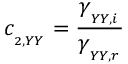
c _ { _ { _ { 2 , Y Y } } } = \frac { \gamma _ { _ { _ { Y Y , i } } } } { \gamma _ { _ { _ { Y Y , r } } } }